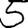
Digit: 5